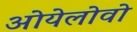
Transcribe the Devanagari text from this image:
ओयेलोवो